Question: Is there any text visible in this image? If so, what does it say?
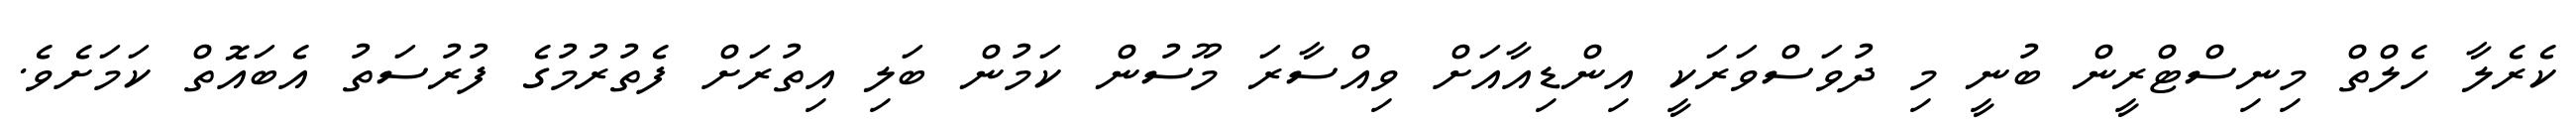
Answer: ކެރެލާ ހެލްތް މިނިސްޓްރީން ބުނީ މި ދުވަސްވަރަކީ އިންޑިއާއަށް ވިއްސާރަ މޫސުން ކަމުން ބަލި އިތުރަށް ފެތުރުމުގެ ފުރުސަތު އެބައޮތް ކަމަށެވެ.